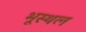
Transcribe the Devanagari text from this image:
भूस्थल